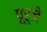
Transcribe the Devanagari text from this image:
पूर्जे